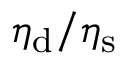
\eta _ { \mathrm { d } } / \eta _ { \mathrm { s } }